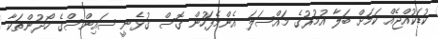
ކުޑަކުއްޖެއް ކަމަށް ބަލާ އުމުރުގެ މައްސަލަ އެންމެފަހުން ގޮސް ގުޅެނީ ސައިންސްގެ ހޯދުންތަކާ